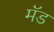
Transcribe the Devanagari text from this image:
मॅड